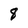
Character: 8